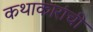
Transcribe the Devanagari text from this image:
कथाकारांची